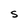
Character: S